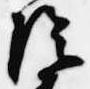
陰